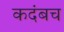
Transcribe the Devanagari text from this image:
कदंबच